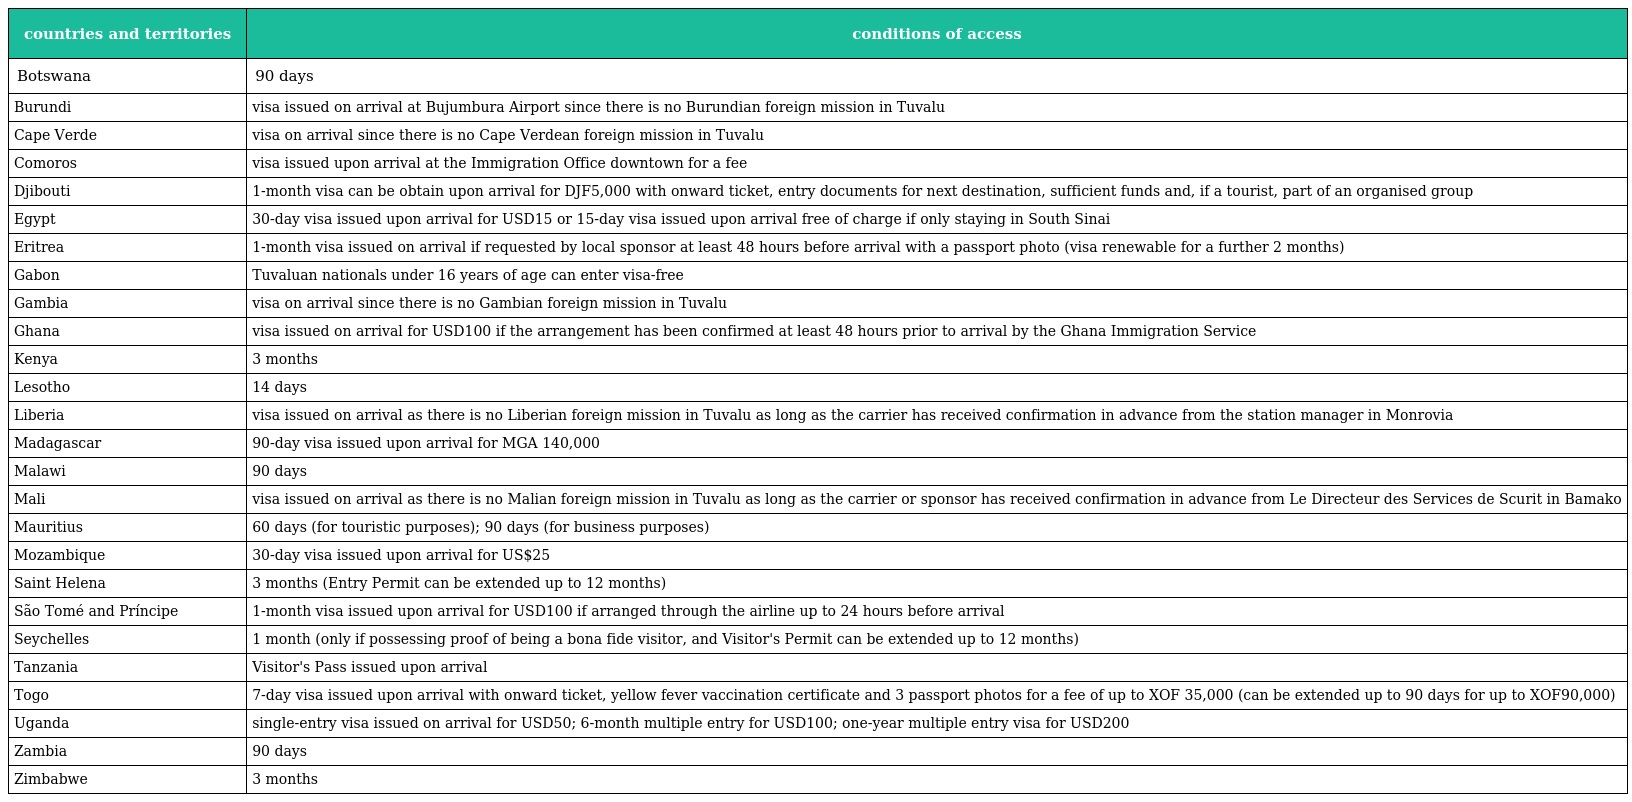
| countries and territories | conditions of access |
 | --- | --- |
 | Botswana | 90 days |
 | Burundi | visa issued on arrival at Bujumbura Airport since there is no Burundian foreign mission in Tuvalu |
 | Cape Verde | visa on arrival since there is no Cape Verdean foreign mission in Tuvalu |
 | Comoros | visa issued upon arrival at the Immigration Office downtown for a fee |
 | Djibouti | 1-month visa can be obtain upon arrival for DJF5,000 with onward ticket, entry documents for next destination, sufficient funds and, if a tourist, part of an organised group |
 | Egypt | 30-day visa issued upon arrival for USD15 or 15-day visa issued upon arrival free of charge if only staying in South Sinai |
 | Eritrea | 1-month visa issued on arrival if requested by local sponsor at least 48 hours before arrival with a passport photo (visa renewable for a further 2 months) |
 | Gabon | Tuvaluan nationals under 16 years of age can enter visa-free |
 | Gambia | visa on arrival since there is no Gambian foreign mission in Tuvalu |
 | Ghana | visa issued on arrival for USD100 if the arrangement has been confirmed at least 48 hours prior to arrival by the Ghana Immigration Service |
 | Kenya | 3 months |
 | Lesotho | 14 days |
 | Liberia | visa issued on arrival as there is no Liberian foreign mission in Tuvalu as long as the carrier has received confirmation in advance from the station manager in Monrovia |
 | Madagascar | 90-day visa issued upon arrival for MGA 140,000 |
 | Malawi | 90 days |
 | Mali | visa issued on arrival as there is no Malian foreign mission in Tuvalu as long as the carrier or sponsor has received confirmation in advance from Le Directeur des Services de Scurit in Bamako |
 | Mauritius | 60 days (for touristic purposes); 90 days (for business purposes) |
 | Mozambique | 30-day visa issued upon arrival for US$25 |
 | Saint Helena | 3 months (Entry Permit can be extended up to 12 months) |
 | São Tomé and Príncipe | 1-month visa issued upon arrival for USD100 if arranged through the airline up to 24 hours before arrival |
 | Seychelles | 1 month (only if possessing proof of being a bona fide visitor, and Visitor's Permit can be extended up to 12 months) |
 | Tanzania | Visitor's Pass issued upon arrival |
 | Togo | 7-day visa issued upon arrival with onward ticket, yellow fever vaccination certificate and 3 passport photos for a fee of up to XOF 35,000 (can be extended up to 90 days for up to XOF90,000) |
 | Uganda | single-entry visa issued on arrival for USD50; 6-month multiple entry for USD100; one-year multiple entry visa for USD200 |
 | Zambia | 90 days |
 | Zimbabwe | 3 months |